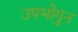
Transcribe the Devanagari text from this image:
उपभोगुन